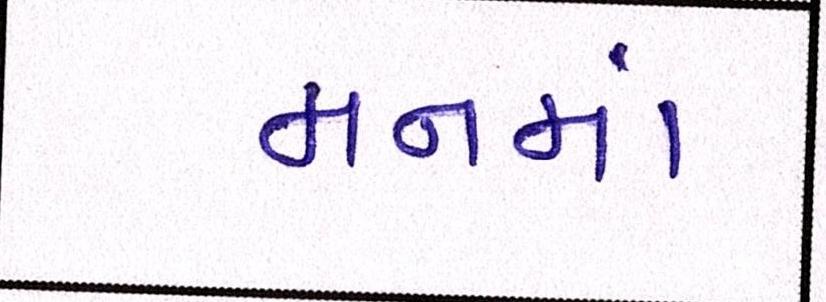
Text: મનમાં